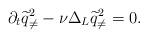
LaTeX: \begin{align*}\partial_t{\widetilde q}_{\neq}^2-\nu\Delta_{L}{\widetilde q}_{\neq}^2=0.\end{align*}